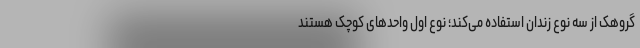
گروهک از سه نوع زندان استفاده می‌کند؛ نوع اول واحد‌های کوچک هستند